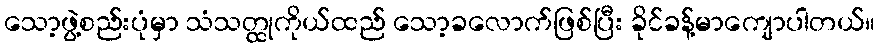
သော့ဖွဲ့စည်းပုံမှာ သံသတ္ထုကိုယ်ထည် သော့ခလောက်ဖြစ်ပြီး ခိုင်ခန့်မာကျောပါတယ်။